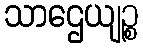
သာဌေယျဉ္စ